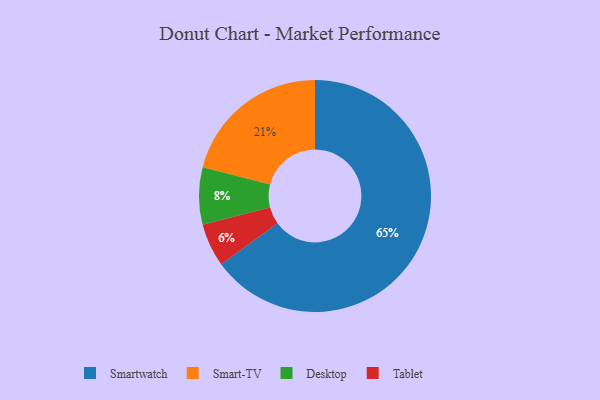
{"axis": {"x": "Category", "y": "Percentage"}, "legend": ["Desktop", "Smart-TV", "Smartwatch", "Tablet"], "data": [{"x": "Smart-TV", "y": 21, "type": "Smart-TV"}, {"x": "Desktop", "y": 8, "type": "Desktop"}, {"x": "Tablet", "y": 6, "type": "Tablet"}, {"x": "Smartwatch", "y": 65, "type": "Smartwatch"}]}